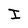
Character: I